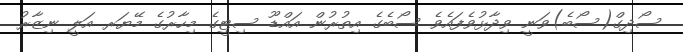
ސޯދިގް(ސޯބެ)ވަނީ ވިދާޅުވެފައެވެ ސޯބެގެ އިތުރުން އައްޑޫ ސިޓީގެ މިހާރުގެ މޭޔަރ އަލީ ނިޒާރު